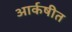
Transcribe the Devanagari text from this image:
आर्कषीत